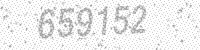
Solution: 659152